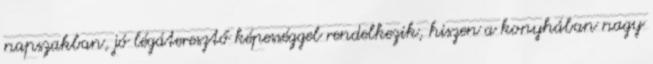
napszakban, jó légáteresztő képességgel rendelkezik, hiszen a konyhában nagy